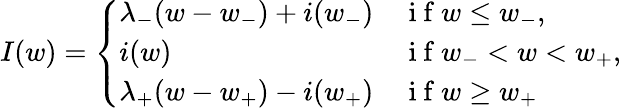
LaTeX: I(w)=\left\{ \begin{array}{ll}{\lambda_{-}(w-w_{-})+i(w_{-})}&{\mathrm{~i~f~}w\le w_{-},}\\ {i(w)}&{\mathrm{~i~f~}w_{-}<w<w_{+},}\\ {\lambda_{+}(w-w_{+})-i(w_{+})}&{\mathrm{~i~f~}w\ge w_{+}}\end{array}\right.